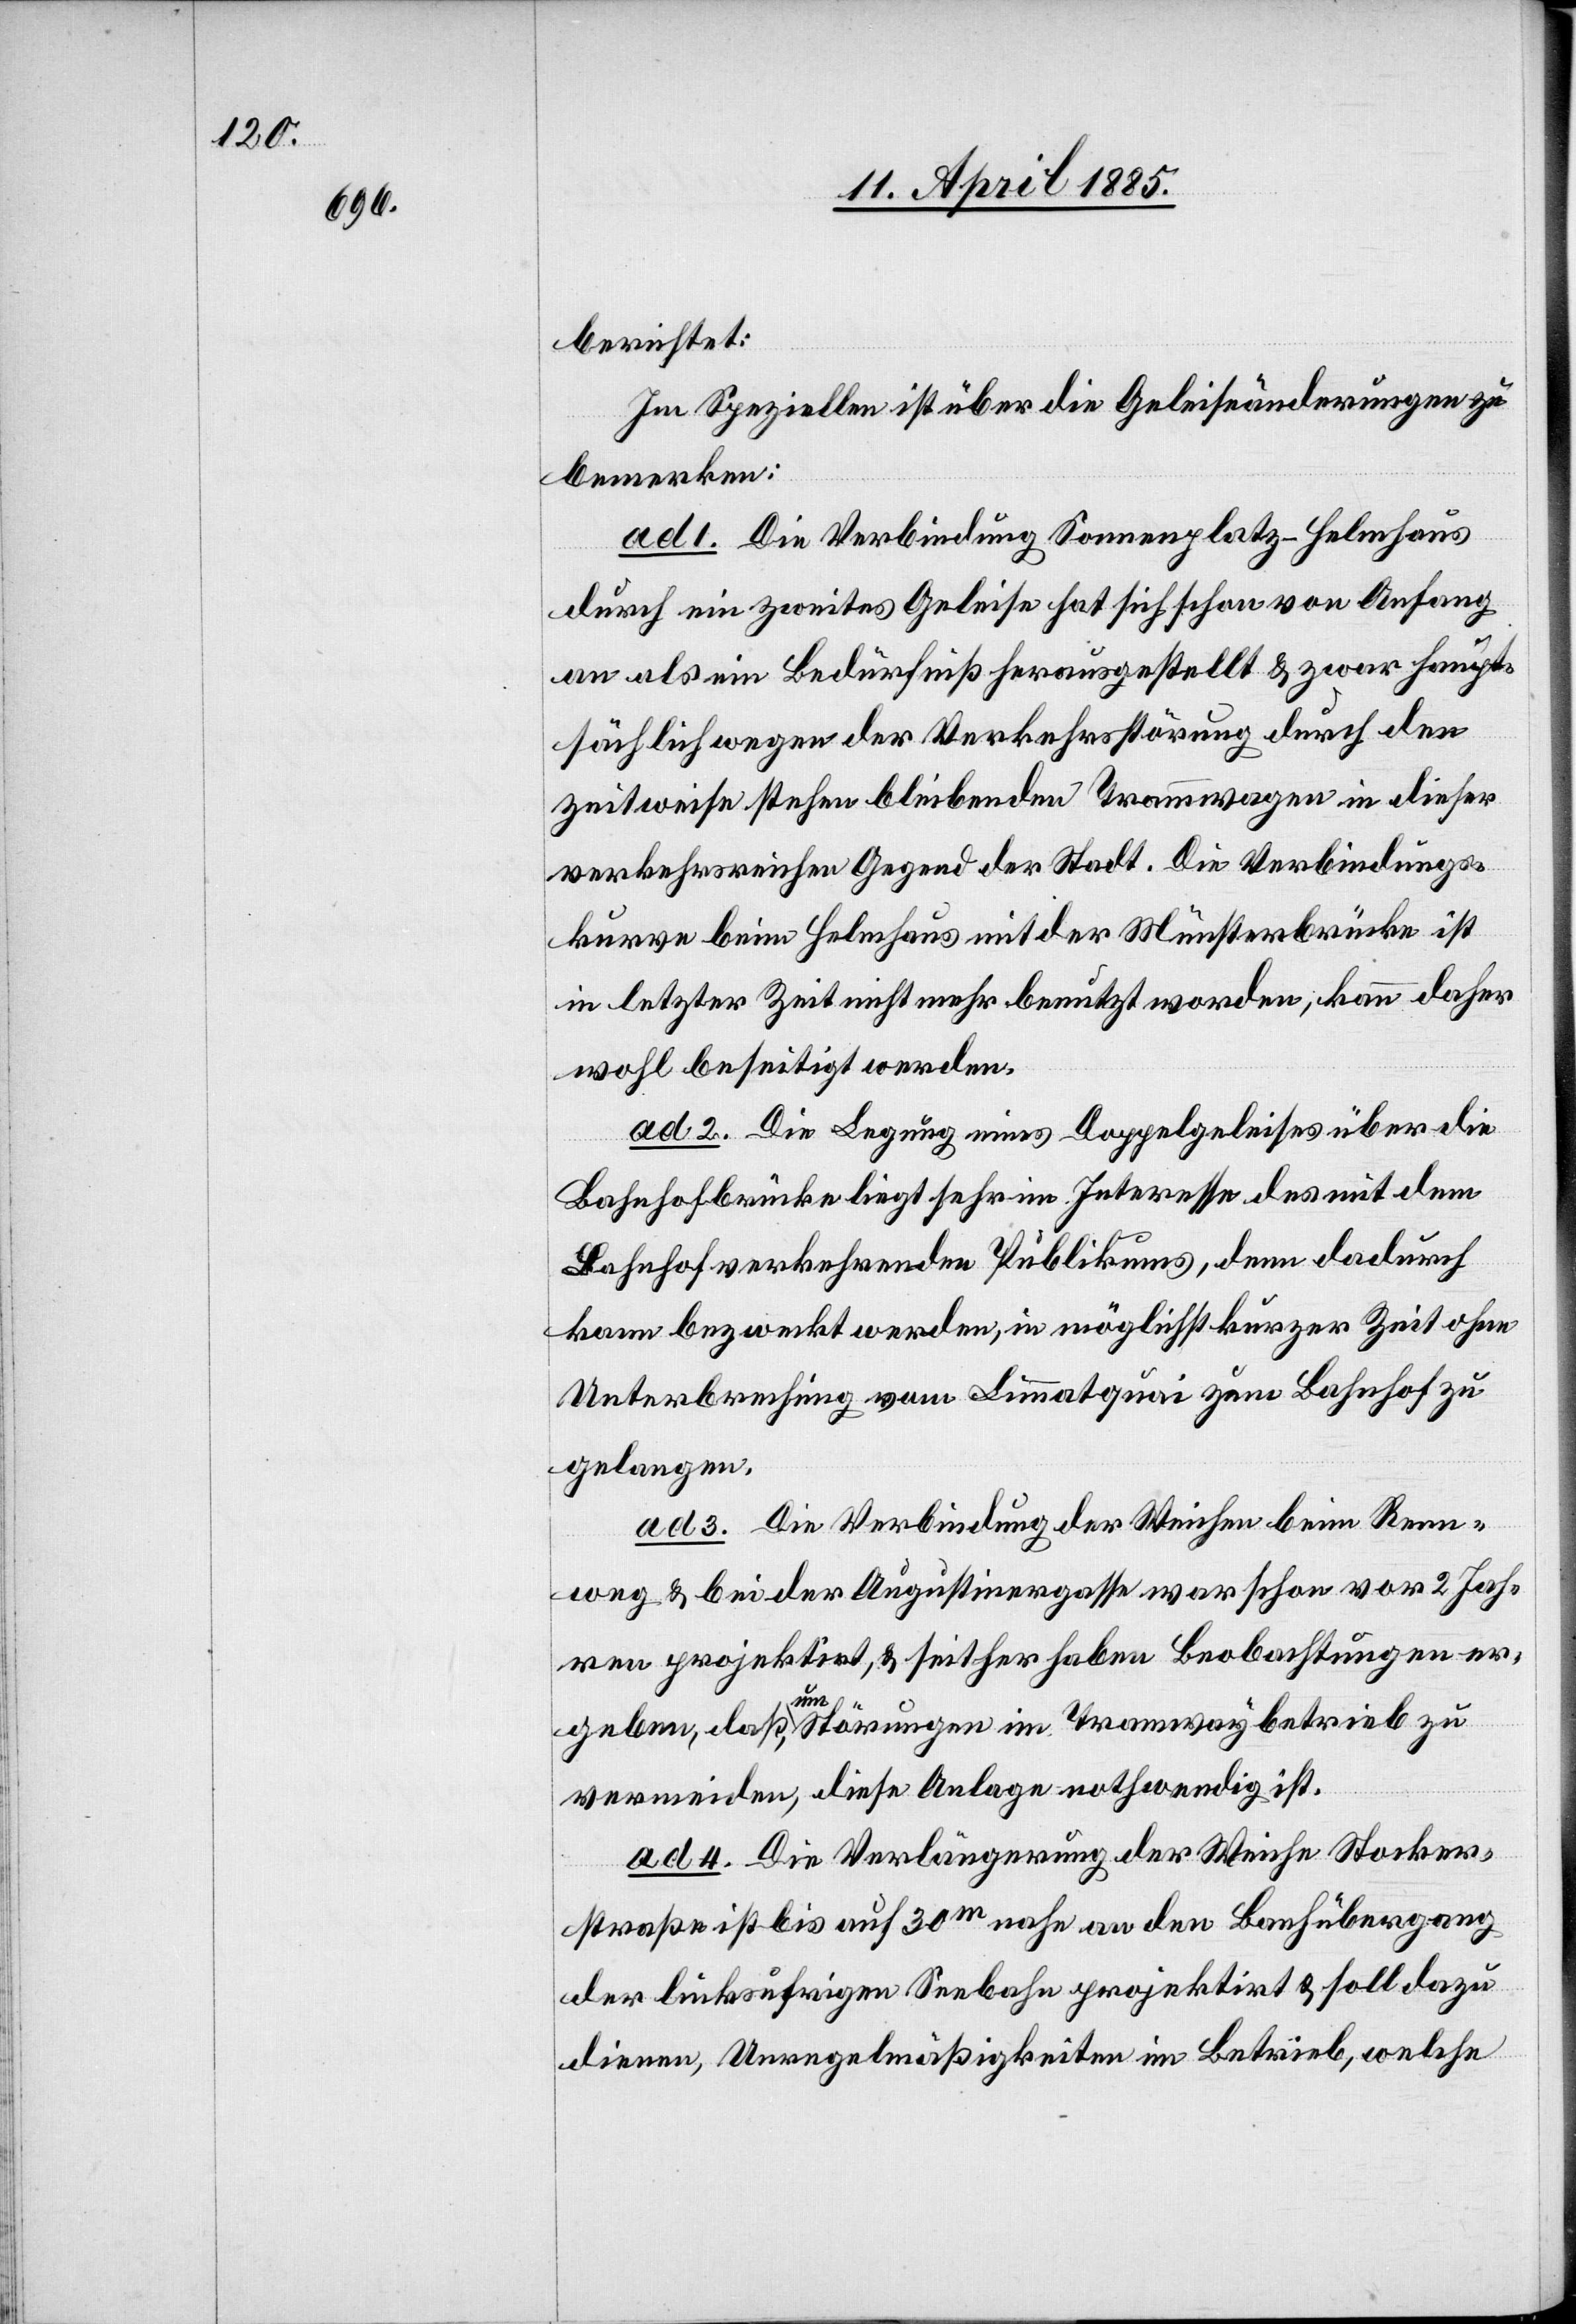
berichtet:
im Speziellen ist über die Geleiseänderungen zu
bemerken:
ad 1. Die Verbindung Sonnenplatz–Helmhaus
durch ein zweites Geleise hat sich schon von Anfang
an als ein Bedürfniß herausgestellt & zwar haupt¬
sächlich wegen der Verkehrsstörung durch den
zweitweise stehen bleibenden Tramwagen in dieser
verkehrsreichen Gegend der Stadt. Die Verbindungs¬
kurve beim Helmhaus mit der Münsterbrücke ist
in letzter Zeit nicht mehr benutzt worden, kann daher
wohl beseitigt werden.
ad 2. Die Legung eines Doppelgeleises über die
Bahnhofbrücke liegt sehr im Interesse des mit dem
bahnhofverkehrenden Publikums, denn dadurch
kann bezweckt werden, in möglichst kurzer Zeit ohne
Unterbrechung vom Limmatquai zum Bahnhof zu
gelangen.
ad 3. Die Verbindung der Weichen beim Renn¬
weg & bei der Augustinergasse war schon vor 2 Jah¬
ren projektirt, & seither haben Beobachtungen er¬
geben, daß, um Störungen im Tramwaybetrieb zu
vermeiden, diese Anlage nothwendig ist.
ad 4. Die Verlängerung der Weiche Stocker¬
straße ist bis auf 30 m nahe an den Bahnübergang
der linksufrigen Seebahn projektirt & soll dazu
dienen, Unregelmäßigkeiten im Betrieb, welche